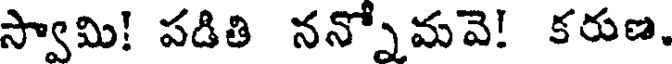
స్వామి! పడితి నన్నోమవె! కరుణ,